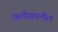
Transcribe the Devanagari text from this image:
छातीखालील